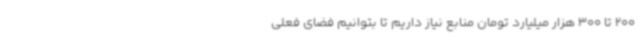
200 تا 300 هزار میلیارد تومان منابع نیاز داریم تا بتوانیم فضای فعلی